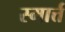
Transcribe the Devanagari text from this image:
स्मार्त्त